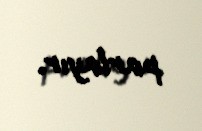
parlayır.